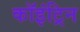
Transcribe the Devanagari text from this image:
कॉइंट्रिन